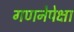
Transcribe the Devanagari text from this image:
गणनेपेक्षा